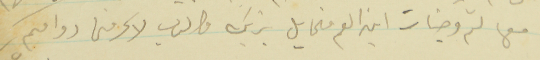
معها لثم وجنات ابن العم مخايل يزريك والرب لا يحرمنى دوامكم